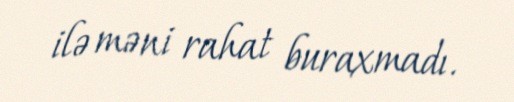
ilə məni rahat buraxmadı.